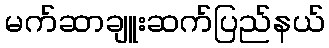
မက်ဆာချူးဆက်ပြည်နယ်